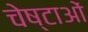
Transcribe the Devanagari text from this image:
चेष्‍टाओं